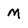
Character: M